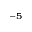
^ { - 5 }